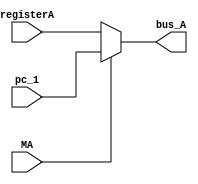
`timescale 1ns / 1ps
//////////////////////////////////////////////////////////////////////////////////
// Company: 
// Engineer: 
// 
// Design Name: 
// Module Name: MUX_A
// Project Name: 
// Target Devices: 
// Tool Versions: 
// Description: 
// 
// Dependencies: 
// 
// Revision:
// Revision 0.01 - File Created
// Additional Comments:
// 
//////////////////////////////////////////////////////////////////////////////////


module MUX_A(registerA,pc_1,bus_A,MA);
    input [7:0] registerA;
    input [7:0] pc_1;
    input MA;
    output reg [7:0] bus_A;
    always@(MA or pc_1 or registerA)
    begin
        if(MA == 0)
        begin
            bus_A = registerA;
        end
       else 
        begin
            bus_A = pc_1;
        end
        end
endmodule